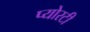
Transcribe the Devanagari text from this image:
प्योरटी